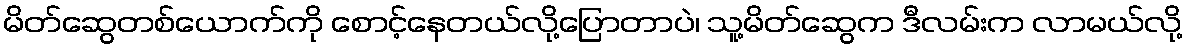
မိတ်ဆွေတစ်ယောက်ကို စောင့်နေတယ်လို့ပြောတာပဲ၊ သူ့မိတ်ဆွေက ဒီလမ်းက လာမယ်လို့